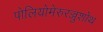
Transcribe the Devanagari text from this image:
पोलियोमेरुरज्जुशोथ